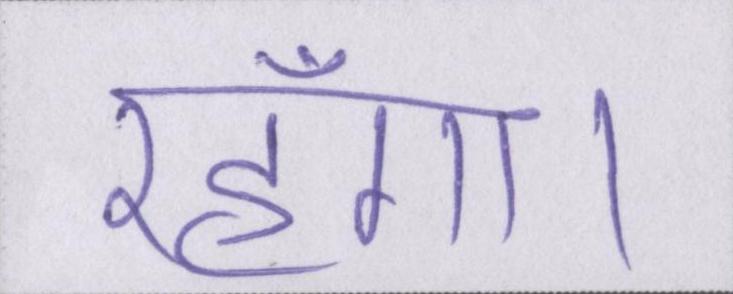
रहूँगा।